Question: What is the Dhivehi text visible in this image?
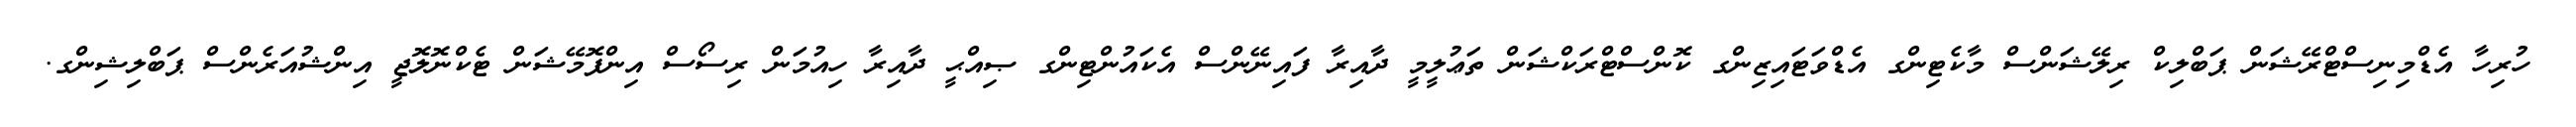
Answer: ހުރިހާ އެޑްމިނިސްޓްރޭޝަން ޕަބްލިކް ރިލޭޝަންސް މާކެޓިންގ އެޑްވަޓައިޒިންގ ކޮންސްޓްރަކްޝަން ތަޢުލީމީ ދާއިރާ ފައިނޭންސް އެކައުންޓިންގ ޞިއްޙީ ދާއިރާ ހިއުމަން ރިސޯސް އިންފޮމޭޝަން ޓެކްނޮލޮޖީ އިންޝުއަރެންސް ޕަބްލިޝިންގ.